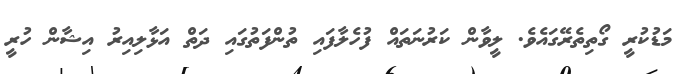
މަޑުކުރީ ގޯތިތެރޭގައެވެ. ލީވާން ކަރުނަތައް ފުހެލާފައި ތުންފަތުގައި ދަތް އަޅާލިއިރު އިޝާން ހުރީ